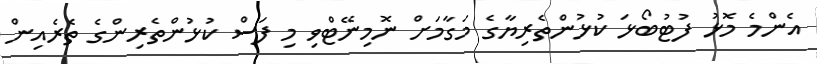
އެންމެ މޮޅު ފުޓުބޯޅަ ކުޅުންތެރިޔާގެ މަގާމަށް ނޮމިނޭޓްވި މި ފަސް ކުޅުންތެރިންގެ ތެރެއިން